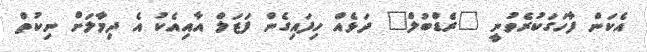
އެކަން ފާހަގަކުރެވުނީ "ރެޑްބުލް" ދަޅެއް ހިފައިގެން ފަޒަލް އާއިއެކު އެ ދިމާލަށް ނިކުތް